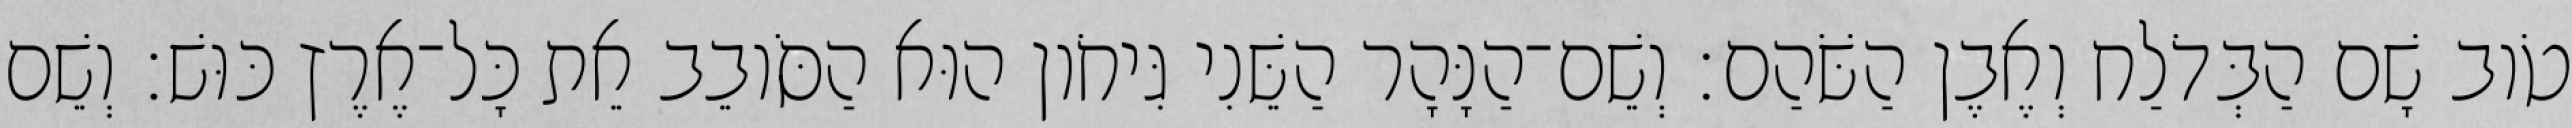
טֹוב שָׁם הַבְּדֹלַח וְאֶבֶן הַשֹּׁהַם׃ וְשֵׁם־הַנָּהָר הַשֵּׁנִי גִּיחֹון הוּא הַסֹּובֵב אֵת כָּל־אֶרֶץ כּוּשׁ׃ וְשֵׁם